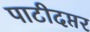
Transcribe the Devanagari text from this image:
पाटीदप्तर